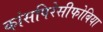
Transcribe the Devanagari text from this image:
कांसपिरेसीफोबिया